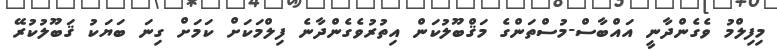
މިފިލްމު ވެގެންދާނީ އައްބާސް-މުސްތަންގެ މަޤްބޫލުކަން އިތުރުވެގެންދާނެ ފިލްމަކަށް ކަމަށް ގިނަ ބަޔަކު ޤަބޫލުކުރޭ